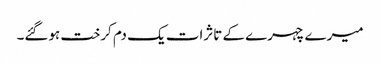
میرے چہرے کے تاثرات یک دم کرخت ہوگئے۔